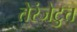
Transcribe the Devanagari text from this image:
तेरंजेटुत्त